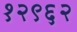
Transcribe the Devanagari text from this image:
१२९६२